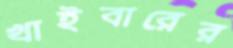
খাইবারের